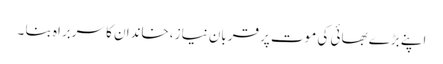
اپنے بڑے بھائی کی موت پر قربان نیاز ،خاندان کا سربراہ بنا ۔